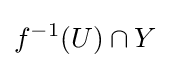
f^{-1}(U)\cap Y